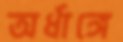
অর্ধাঙ্গে